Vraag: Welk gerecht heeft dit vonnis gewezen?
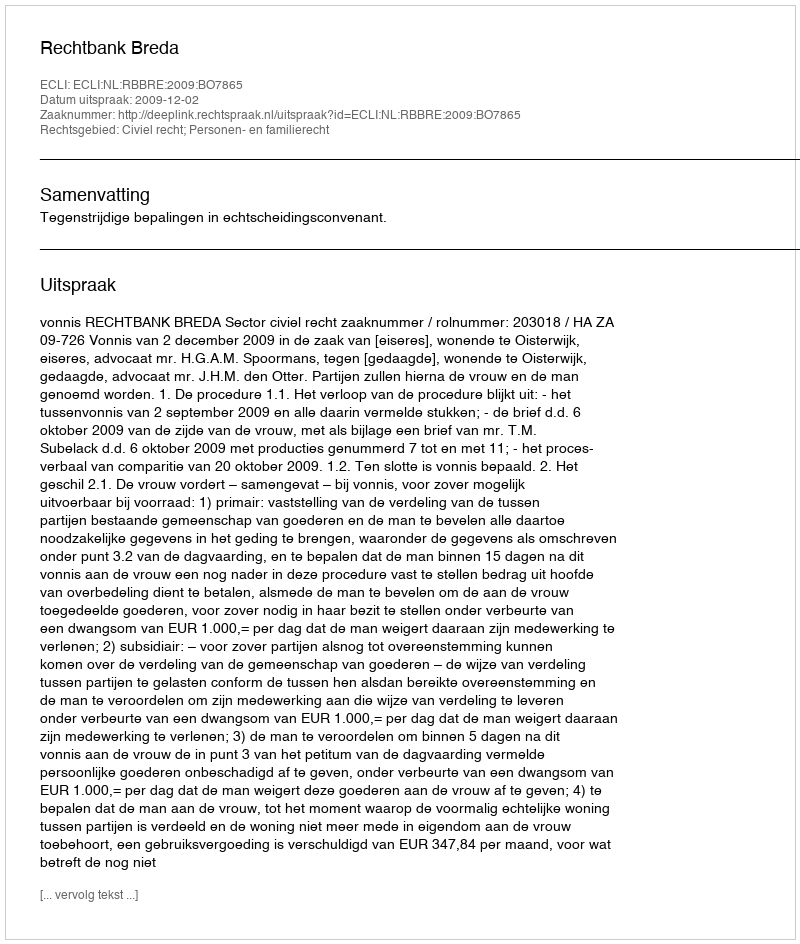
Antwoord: Rechtbank Breda